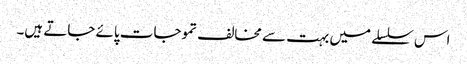
اس سلسلے میں بہت سے مخالف تموجات پائے جاتے ہیں۔